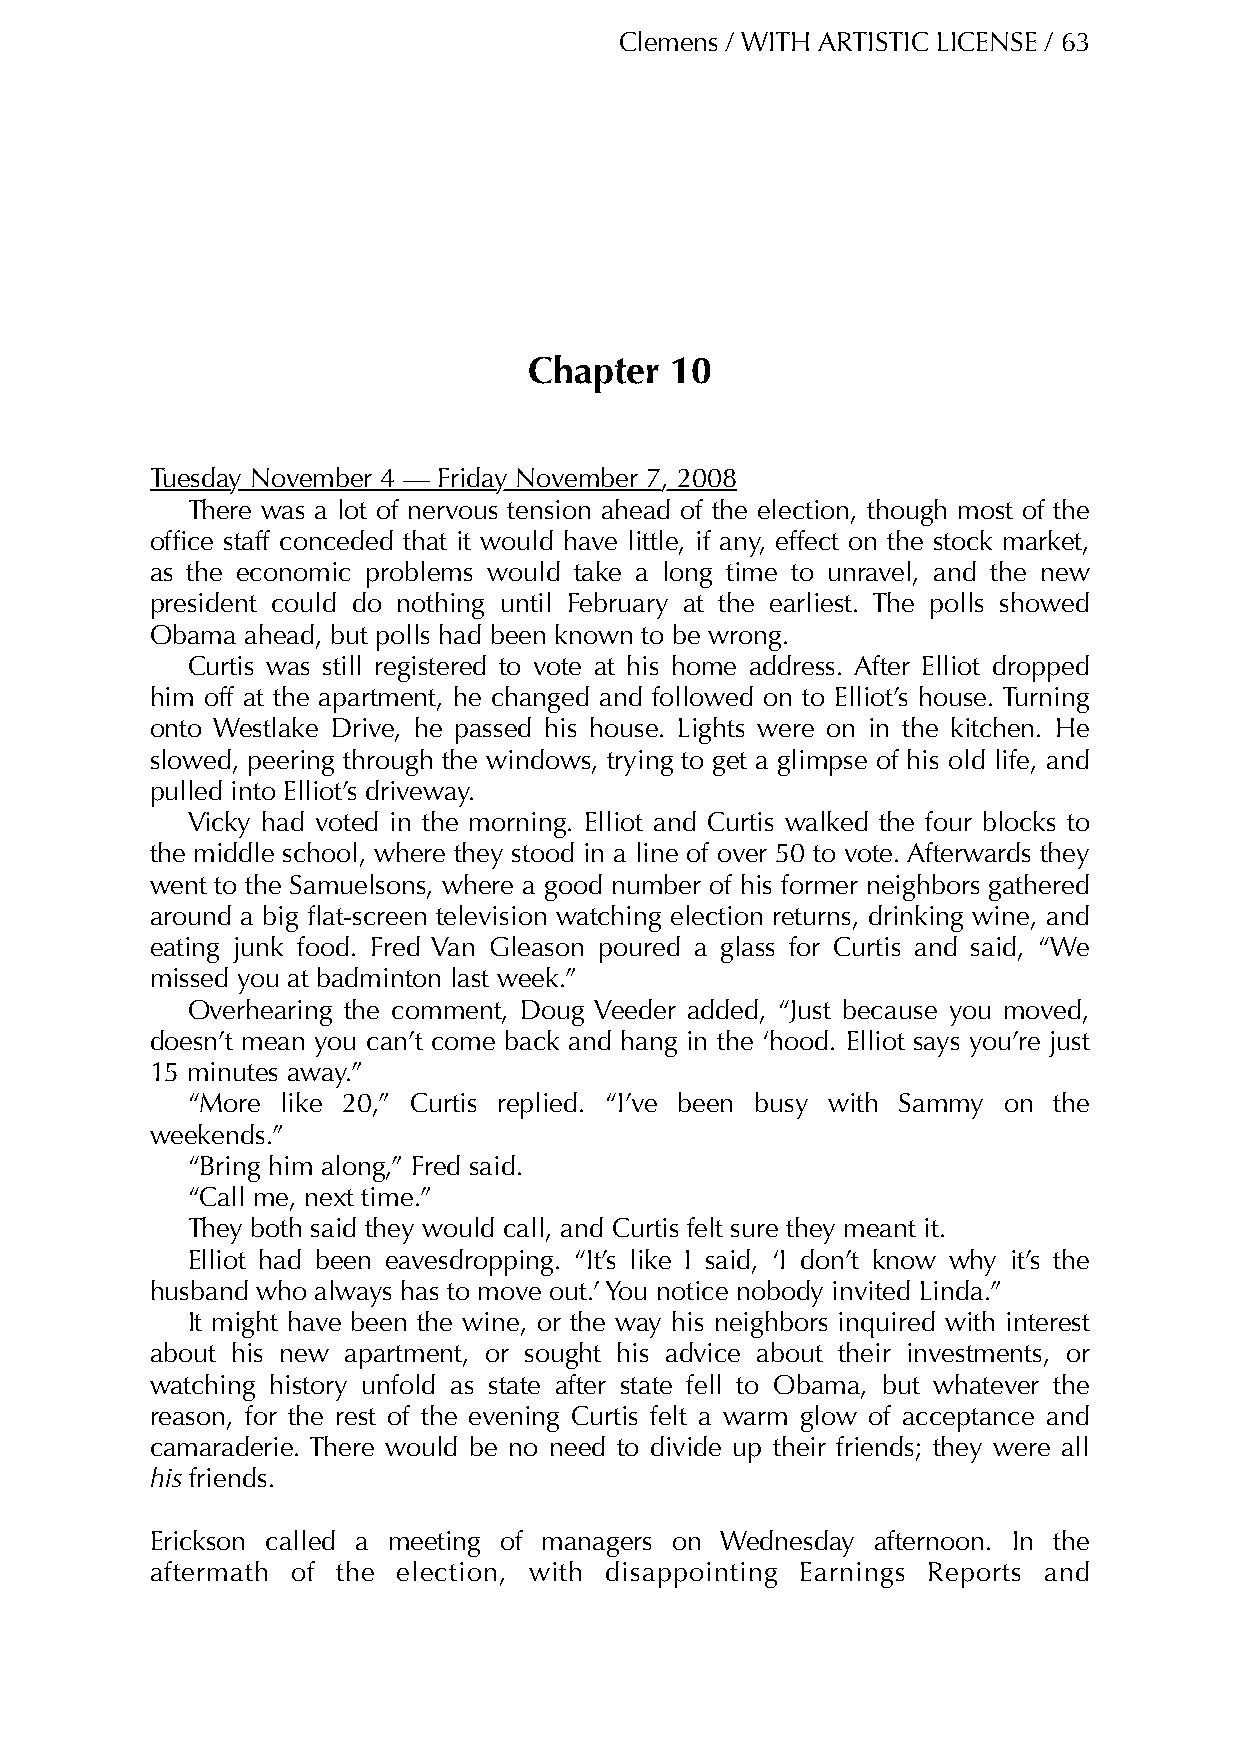
Clemens / WITH ARTISTIC LICENSE / 63
 Chapter  10
 Tuesday November 4 — Friday November 7, 2008
 There was a lot of nervous tension ahead of the election, though most of the
 office staff conceded that it would have little, if any, effect on the stock market,
 as the economic problems would take a long time to unravel, and the new
 president could do nothing until February at the earliest. The polls showed
 Obama ahead, but polls had been known to be wrong.
 Curtis was still registered to vote at his home address. After Elliot dropped
 him off at the apartment, he changed and followed on to Elliot’s house. Turning
 onto Westlake Drive, he passed his house. Lights were on in the kitchen. He
 slowed, peering through the windows, trying to get a glimpse of his old life, and
 pulled into Elliot’s driveway.
 Vicky had voted in the morning. Elliot and Curtis walked the four blocks to
 the middle school, where they stood in a line of over 50 to vote. Afterwards they
 went to the Samuelsons, where a good number of his former neighbors gathered
 around a big flat-screen television watching election returns, drinking wine, and
 eating junk food. Fred Van Gleason poured a glass for Curtis and said, “We
 missed you at badminton last week.”
 Overhearing the comment, Doug Veeder added, “Just because you moved,
 doesn’t mean you can’t come back and hang in the ‘hood. Elliot says you’re just
 15 minutes away.”
 “More  like 20,” Curtis replied. “I’ve been busy with Sammy on the
 weekends.”
 “Bring him along,” Fred said.
 “Call me, next time.”
 They both said they would call, and Curtis felt sure they meant it.
 Elliot had been eavesdropping. “It’s like I said, ‘I don’t know why it’s the
 husband who always has to move out.’ You notice nobody invited Linda.”
 It might have been the wine, or the way his neighbors inquired with interest
 about his new apartment, or sought his advice about their investments, or
 watching history unfold as state after state fell to Obama, but whatever the
 reason, for the rest of the evening Curtis felt a warm glow of acceptance and
 camaraderie. There would be no need to divide up their friends; they were all
 his friends.
 Erickson called a meeting of managers on Wednesday afternoon. In the
 aftermath of the election, with disappointing Earnings Reports and